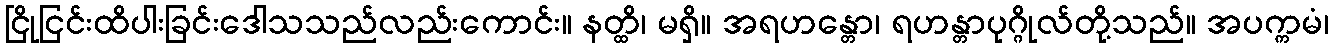
ငြိုငြင်းထိပါးခြင်းဒေါသသည်လည်းကောင်း။ နတ္ထိ၊ မရှိ။ အရဟန္တော၊ ရဟန္တာပုဂ္ဂိုလ်တို့သည်။ အပက္ကမံ၊